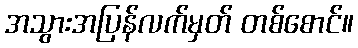
အသွားအပြန်လက်မှတ် တစ်စောင်။